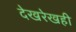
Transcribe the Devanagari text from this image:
देखरेखही